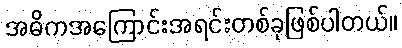
အဓိကအကြောင်းအရင်းတစ်ခုဖြစ်ပါတယ်။